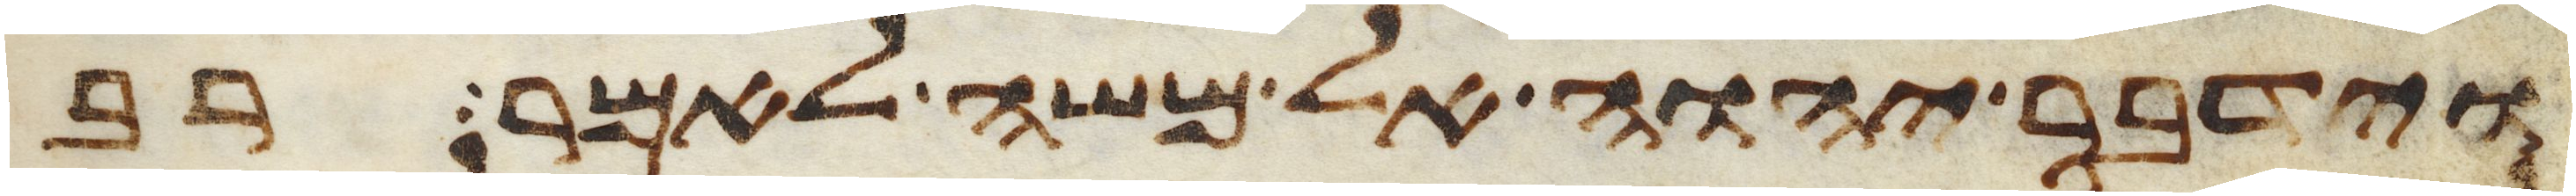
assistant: וידבר יהוה אל משה לאמר רב